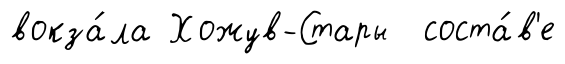
вокза́ла Хожув-Стары соста́в'е